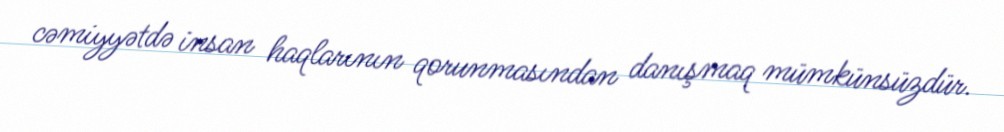
cəmiyyətdə insan haqlarının qorunmasından danışmaq mümkünsüzdür.